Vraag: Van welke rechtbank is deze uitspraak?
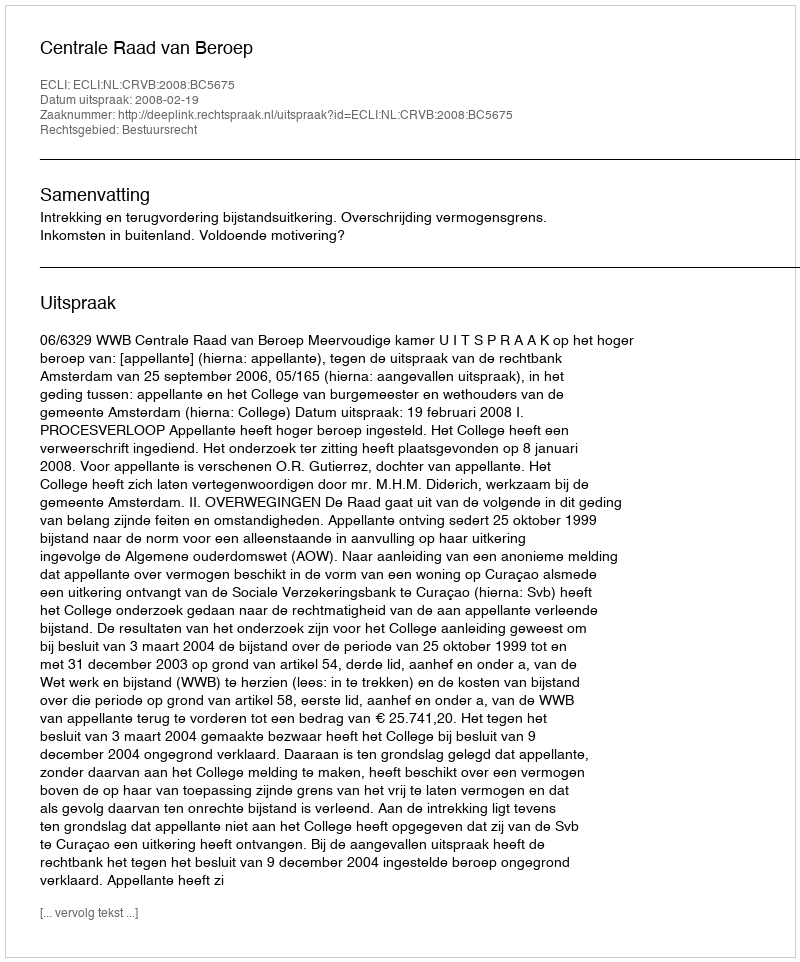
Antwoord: Centrale Raad van Beroep